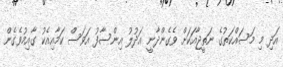
އަދި މި މަސައްކަތުގެ ނަތީޖާއަކަށް ވެގެންދާނީ އަދުލު އިންސާފު އަވަސް ކަމާއިއެކު ގާއިމުވެގެން